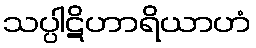
သပ္ပါဋိဟာရိယာဟံ